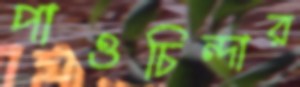
পাওচিন্দার